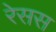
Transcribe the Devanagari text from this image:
रेसस